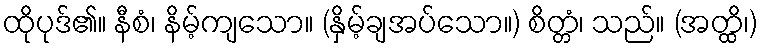
ထိုပုဒ်၏။ နီစံ၊ နိမ့်ကျသော။ (နှိမ့်ချအပ်သော။) စိတ္တံ၊ သည်။ (အတ္ထိ၊)